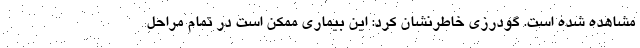
مشاهده شده است. گودرزی خاطرنشان کرد: این بیماری ممکن است در تمام مراحل